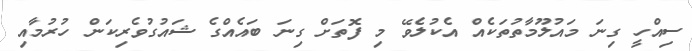
ސިއްހީ ގިނަ މައުލޫމާތުތަކެއް އެކުލެވޭ މި ފޮތަށް ގިނަ ބައެއްގެ ޝައުގުވެރިކަން ހުރުމާއި